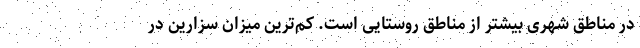
در مناطق شهری بیشتر از مناطق روستایی است. کم‌ترین میزان سزارین در